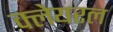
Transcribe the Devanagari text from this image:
क्लेयरल